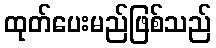
ထုတ်ပေးမည်ဖြစ်သည်